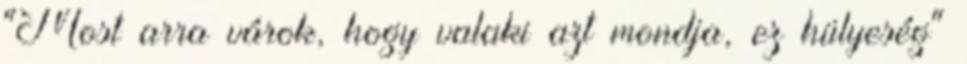
"Most arra várok, hogy valaki azt mondja, ez hülyeség"